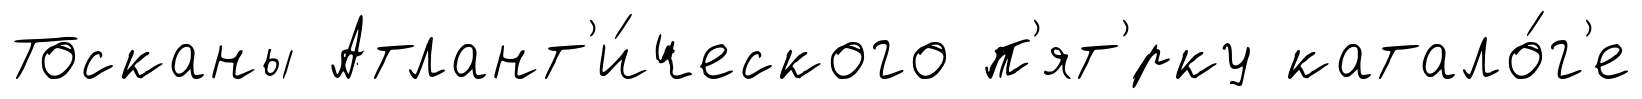
Тосканы Атлант'и́ческого п'ят'́рку катало́г'е